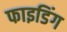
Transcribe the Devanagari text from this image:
फाइडिंग